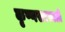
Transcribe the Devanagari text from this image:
कृष्णसरस्वती